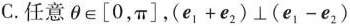
C.任意$$\theta \in[0, \pi]$$,$$(e_{1}+e_{2}) \perp (e_{1}-e_{2})$$